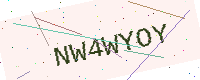
Text: NW4WYOY